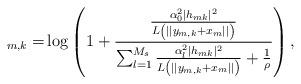
LaTeX: \begin{align*}_{m,k} =& \log\left(1+ \frac{ \frac{ \alpha_0^2|h_{mk}|^2}{L\left(||y_{m,k}+x_m||\right)} }{ \sum^{M_s}_{l=1} \frac{ \alpha_l^2|h_{mk}|^2}{L\left(||y_{m,k}+x_m||\right)} +\frac{1}{\rho}} \right),\end{align*}